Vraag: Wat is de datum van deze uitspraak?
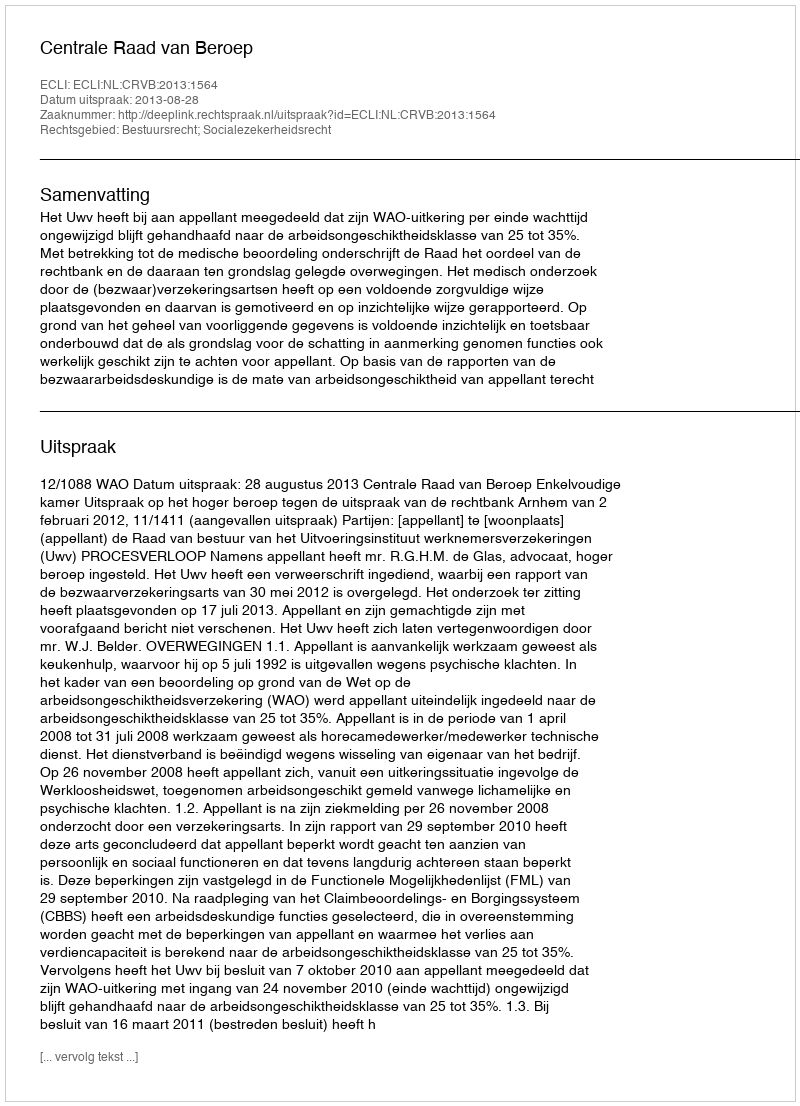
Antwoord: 2013-08-28